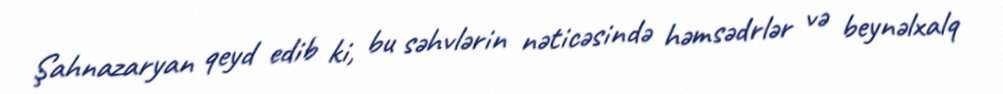
Şahnazaryan qeyd edib ki, bu səhvlərin nəticəsində həmsədrlər və beynəlxalq